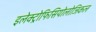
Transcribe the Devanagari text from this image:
इलेक्ट्रोफिसियोलोजिकल